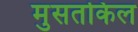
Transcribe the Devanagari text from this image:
मुसतकिल